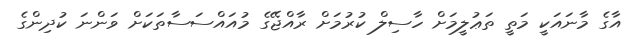
އާގެ މާނައަކީ މަތީ ތަޢުލީމަށް ހާސިލް ކުރުމަށް ރާއްޖޭގެ މުއައްސަސާތަކަށް ވަންނަ ކުދިންގެ